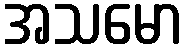
အသမော